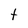
Character: t